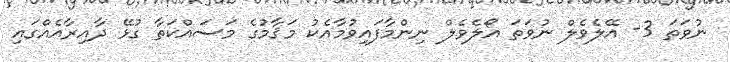
ނުވަތަ 3- އޭލެވެލް ނުވަތަ އޯލެވެލް ނިންމާފައިވުމާއެކު މަޤާމުގެ މަސައްކަތާ ގުޅޭ ދާއިރާއެއްގައި